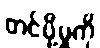
တင်ပို့မှုကို